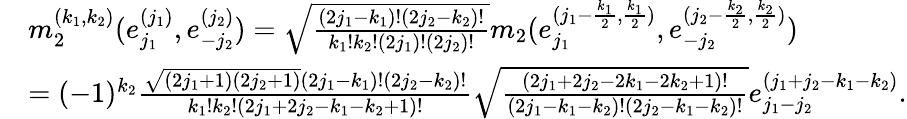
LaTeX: \begin{array}{rl}&{m_{2}^{(k_{1},k_{2})}(e_{j_{1}}^{(j_{1})},e_{-j_{2}}^{(j_{2})})=\sqrt{\frac{(2j_{1}-k_{1})!(2j_{2}-k_{2})!}{k_{1}!k_{2}!(2j_{1})!(2j_{2})!}}m_{2}(e_{j_{1}}^{(j_{1}-\frac{k_{1}}{2},\frac{k_{1}}{2})},e_{-j_{2}}^{(j_{2}-\frac{k_{2}}{2},\frac{k_{2}}{2})})}\\ &{=(-1)^{k_{2}}\frac{\sqrt{(2j_{1}+1)(2j_{2}+1)}(2j_{1}-k_{1})!(2j_{2}-k_{2})!}{k_{1}!k_{2}!(2j_{1}+2j_{2}-k_{1}-k_{2}+1)!}\sqrt{\frac{(2j_{1}+2j_{2}-2k_{1}-2k_{2}+1)!}{(2j_{1}-k_{1}-k_{2})!(2j_{2}-k_{1}-k_{2})!}}e_{j_{1}-j_{2}}^{(j_{1}+j_{2}-k_{1}-k_{2})}.}\end{array}